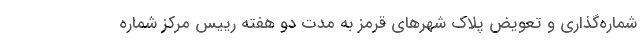
شماره‌گذاری و تعویض پلاک شهرهای قرمز به مدت دو هفته رییس مرکز شماره